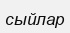
сыйлар